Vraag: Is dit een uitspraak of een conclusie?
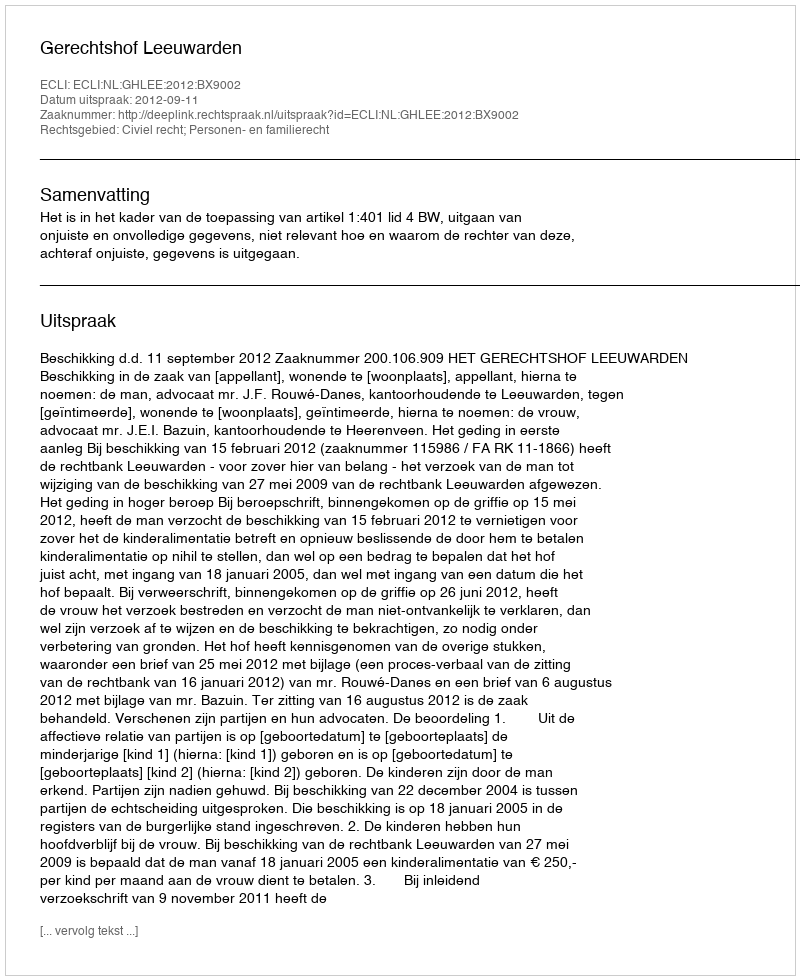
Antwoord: Uitspraak